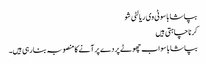
بپاشا باسو ٹی وی ریالٹی شو
کرنا چاہتی ہیں
بپاشا باسو اب چھوٹے پردے پر آنے کا منصوبہ بنا رہی ہیں۔